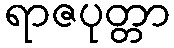
ရာဇပုတ္တာ